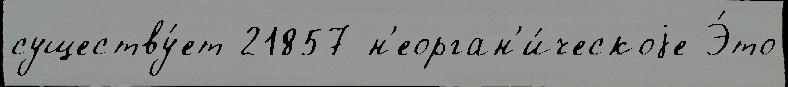
существу́ет 21857 н'еорган'и́ческоjе Э́то